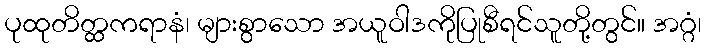
ပုထုတိတ္ထကရာနံ၊ များစွာသော အယူဝါဒကိုပြုစီရင်သူတို့တွင်။ အဂ္ဂံ၊